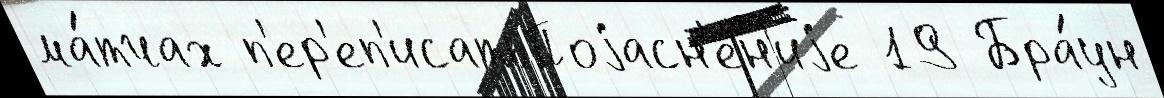
ма́тчах п'ер'еп'исатьПоjасн'ен'иjе 19 Бра́ун